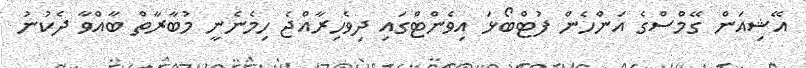
އޭޝިއަން ގޭމްސްގެ އަންހެން ފުޓްބޯޅަ އިވެންޓްގައި ދިވެހިރާއްޖެ ހިމެނެނީ މުބާރާތް ބާއްވާ ދެކުނު